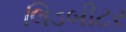
લિડબીટર